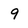
Character: 9